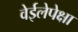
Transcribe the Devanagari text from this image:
वेईलेपेक्षा